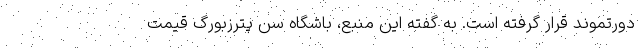
دورتموند قرار گرفته است. به گفته این منبع، باشگاه سن پترزبورگ قیمت